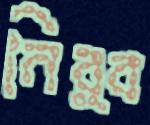
নির্ব